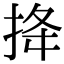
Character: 𢭎